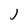
Character: j